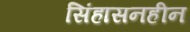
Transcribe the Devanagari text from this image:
सिंहासनहीन